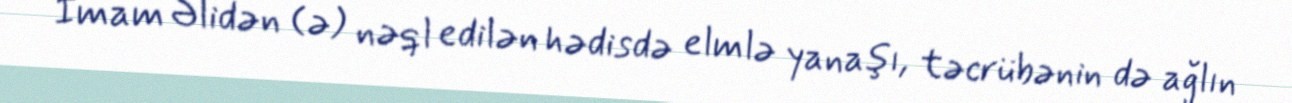
İmam Əlidən (ə) nəql edilən hədisdə elmlə yanaşı, təcrübənin də ağlın